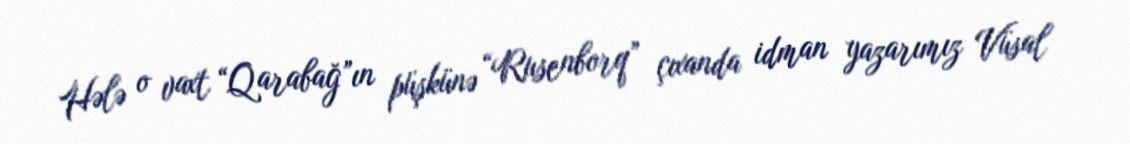
Hələ o vaxt “Qarabağ”ın püşkünə “Rusenborq” çıxanda idman yazarımız Vüsal